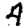
Digit: 4